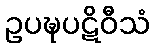
ဥပဍ္ဎပဋိဝီသံ